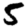
Digit: 5